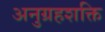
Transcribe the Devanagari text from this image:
अनुग्रहशक्ति